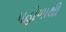
પહોળાથી